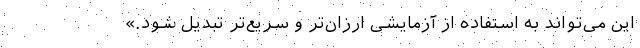
این می‌تواند به استفاده از آزمایشی ارزان‌تر و سریع‌تر تبدیل شود.»